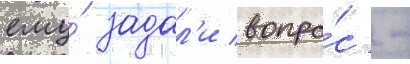
ему́ задал'и вопро́с -